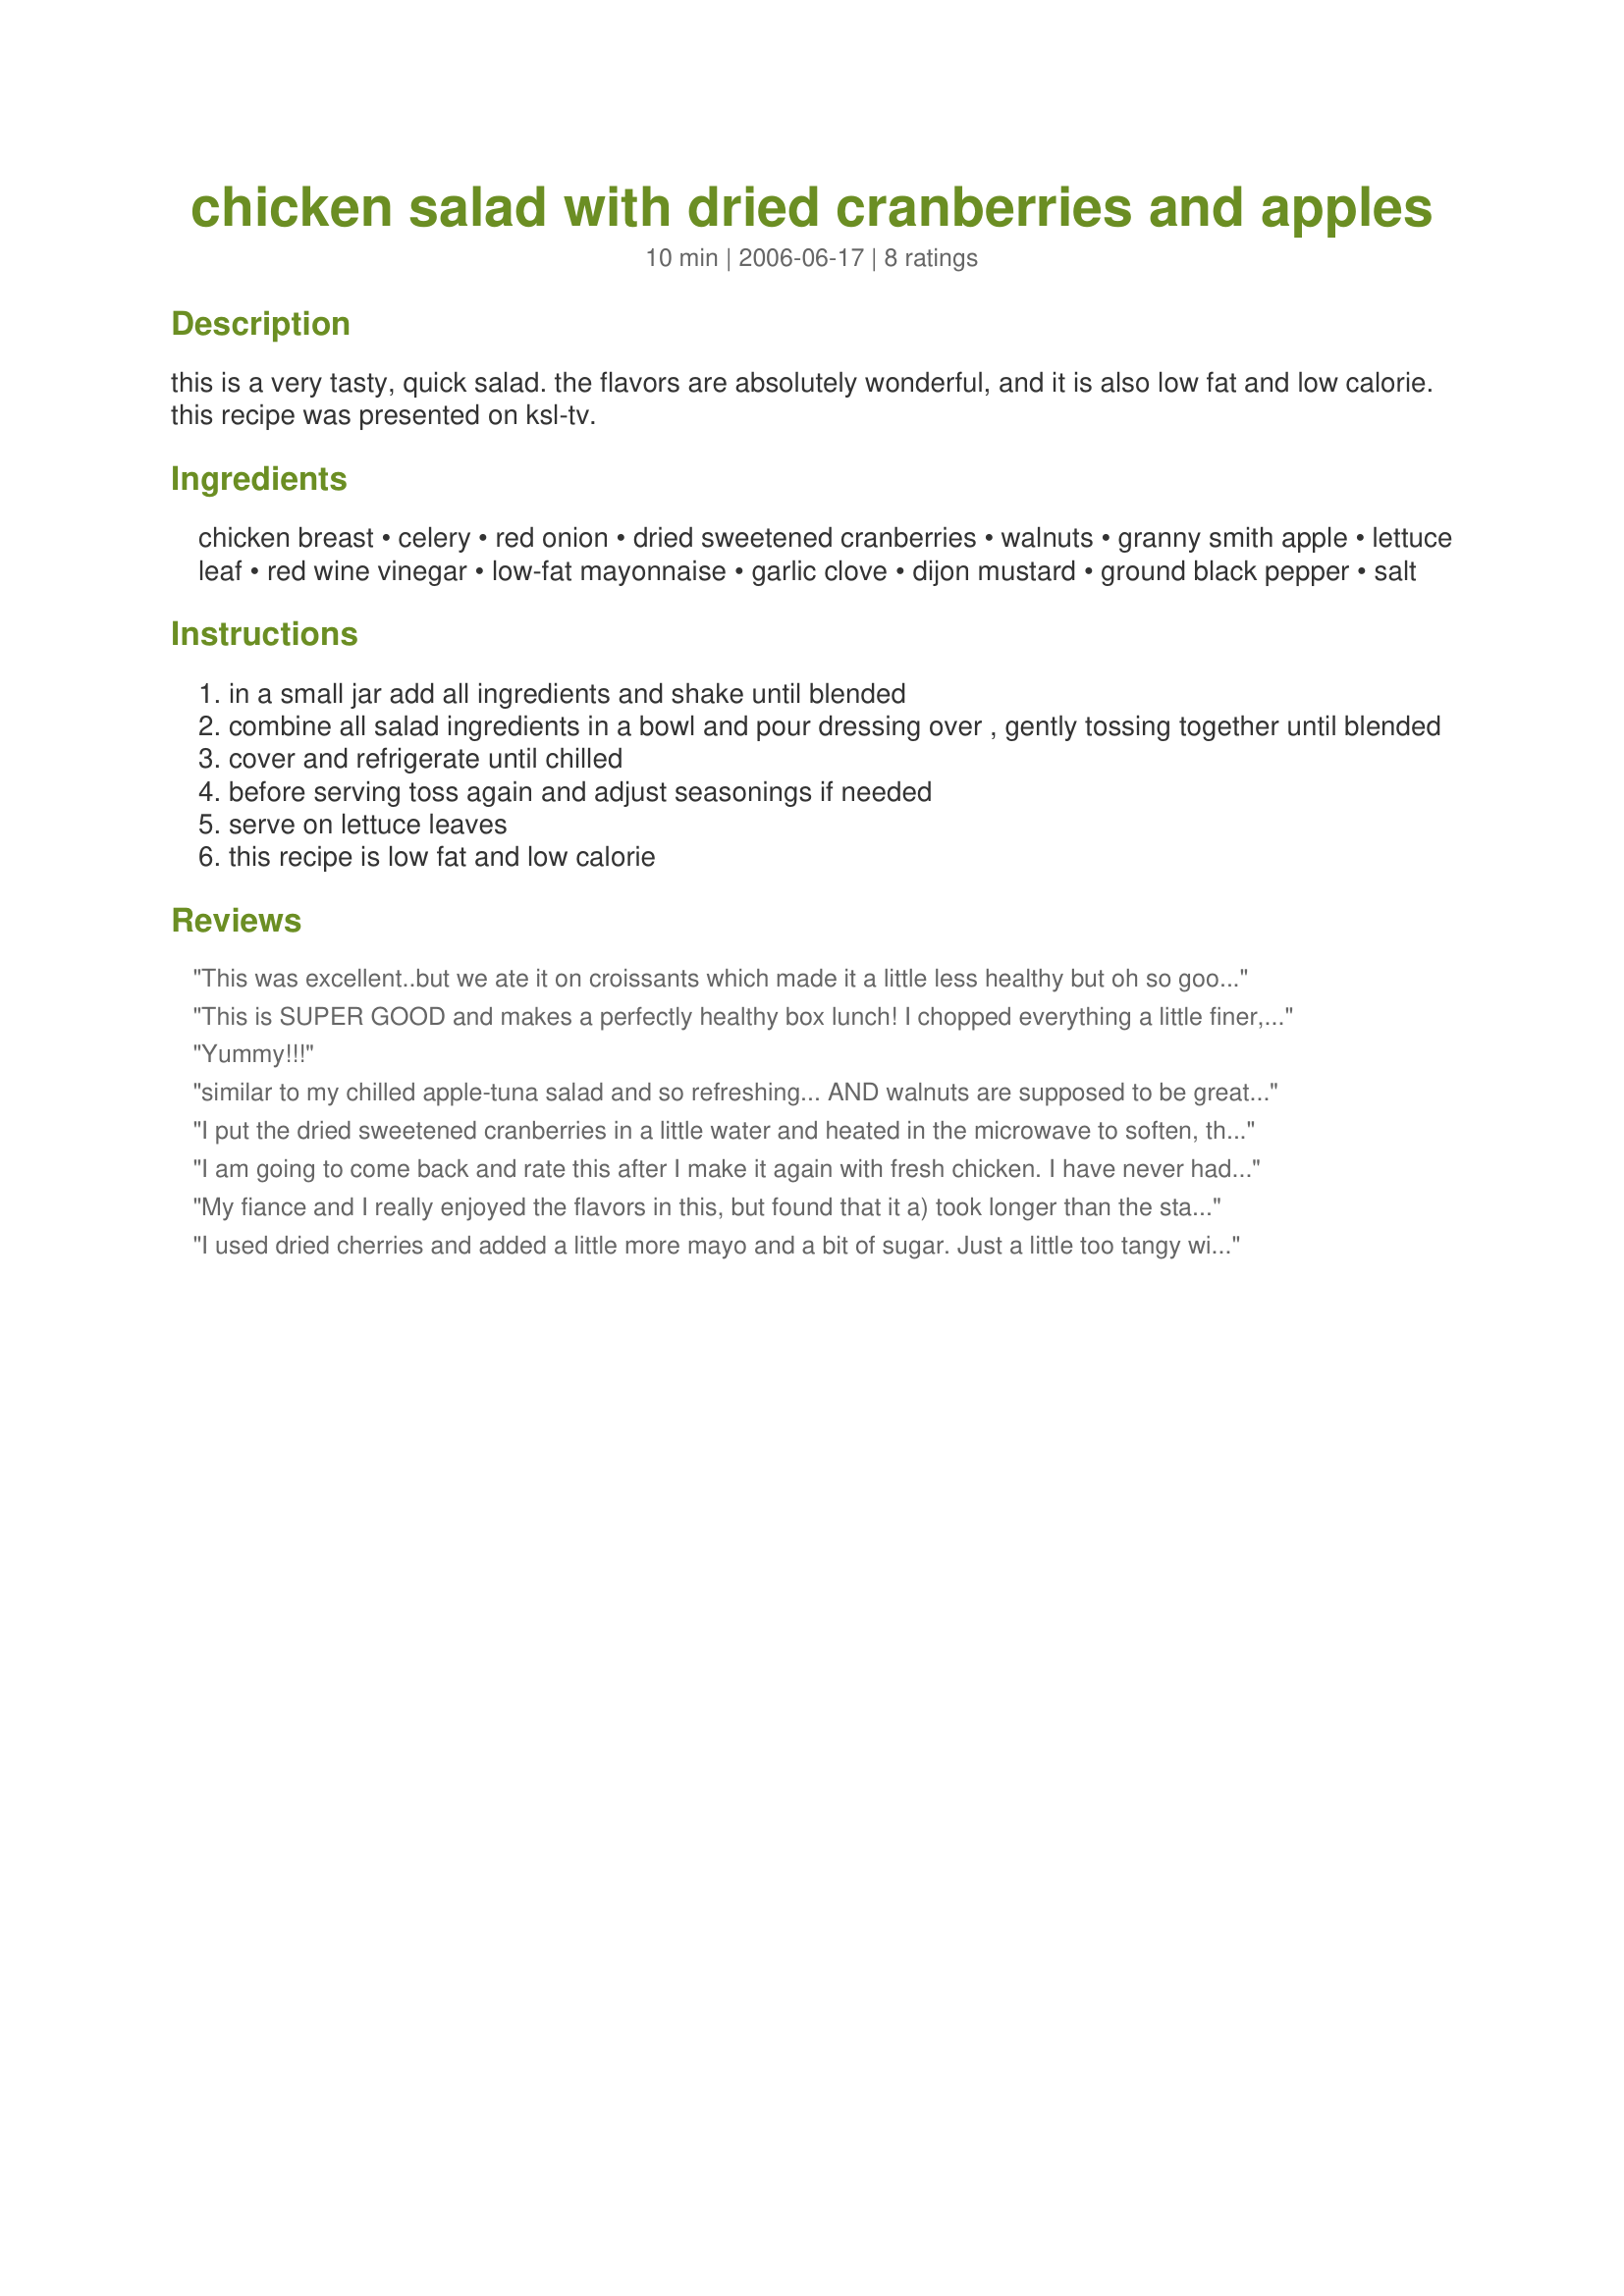
chicken salad with dried cranberries and apples
Preparation time: 10 minutes

this is a very tasty, quick salad. the flavors are absolutely wonderful, and it is also low fat and low calorie. this recipe was presented on ksl-tv.

Ingredients:
chicken breast, celery, red onion, dried sweetened cranberries, walnuts, granny smith apple, lettuce leaf, red wine vinegar, low-fat mayonnaise, garlic clove, dijon mustard, ground black pepper, salt

Steps:
in a small jar add all ingredients and shake until blended
combine all salad ingredients in a bowl and pour dressing over , gently tossing together until blended
cover and refrigerate until chilled
before serving toss again and adjust seasonings if needed
serve on lettuce leaves
this recipe is low fat and low calorie

Reviews:
This was excellent..but we ate it on croissants which made it a little less healthy but oh so good. Thanks for sharing the recipe.
This is SUPER GOOD and makes a perfectly healthy box lunch! I chopped everything a little finer, so I could spread on whole grain bread. It kept very well in the refrigerator for several days. A great feel-good recipe!
Yummy!!!
similar to my chilled apple-tuna salad and so refreshing...

AND walnuts are supposed to be great for health,for a healthy heart...

FABULOUS!
I put the dried sweetened cranberries in a little water and heated in the microwave to soften, then poured off the water.I also left off the lettuce. Whipped cream with a little splenda and vanilla,nutmeg or cinnamon of your choice instead of the dressing.
I am going to come back and rate this after I make it again with fresh chicken. I have never had canned chicken before but I had some in the pantry and tried it, yuk! It tasted a whole like tuna, how strange. In any case, I know that had nothing to do with this recipe and I am certainly going to try this again, still sounds delish...just wanted to warn people not to try and take that short cut like I did! :-)
My fiance and I really enjoyed the flavors in this, but found that it a) took longer than the stated time to prep everything, and b) just didn't have the cohesion that we usually prefer in a chicken salad. We like to make sandwiches out of chicken salad, so I think that next time we'll probably add more dressing so it stays together better. All in all, we enjoyed this, but we have a similar recipe that is more to our tastes. Thanks for sharing!
I used dried cherries and added a little more mayo and a bit of sugar. Just a little too tangy without it.
